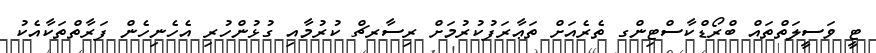
ޓީ ވަސީލަތްތައް ބްރޯޑްކާސްޓިންގ ތެރެއަށް ތަޢާރަފުކުރުމަށް ރިސާރޗް ކުރުމާއި ގުޅުންހުރި އެހެނިހެން ފަރާތްތަކާއެކު